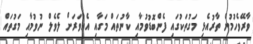
ވާރޭވެހުމުން ތާރުއެޅި މަގުތަކުގައި ފެންބޮޑުވުމާއި ކާނުތައް މަގާއި އެއްވަރަށް ލެވެލް ނުވުމާއި މަގުތައް